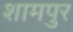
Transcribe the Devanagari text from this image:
शामपुर